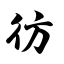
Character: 彷